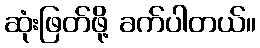
ဆုံးဖြတ်ဖို့ ခက်ပါတယ်။